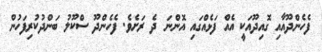
ފެހެންދޫއާއި ގޮއިދޫއަކީ އެއް ފަޅެއްގައި އޮންނަ ދެ ރަށެވެ. ފެހެންދޫ ސްކޫލު ބަންދުކުރިފަހުން